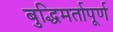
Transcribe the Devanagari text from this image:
बुद्धिमर्तापूर्ण